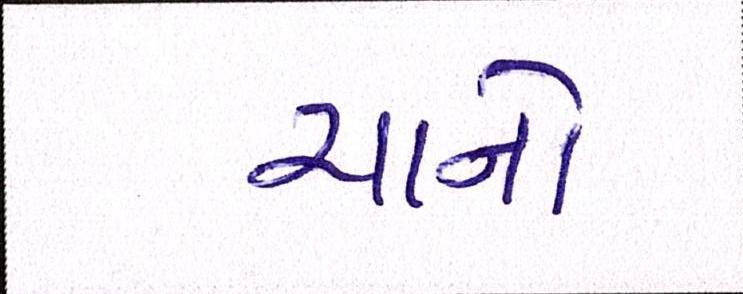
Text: ચાનો